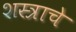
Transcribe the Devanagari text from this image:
शस्त्राचे